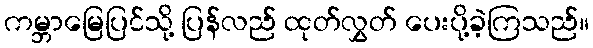
ကမ္ဘာမြေပြင်သို့ ပြန်လည် ထုတ်လွှတ် ပေးပို့ခဲ့ကြသည်။